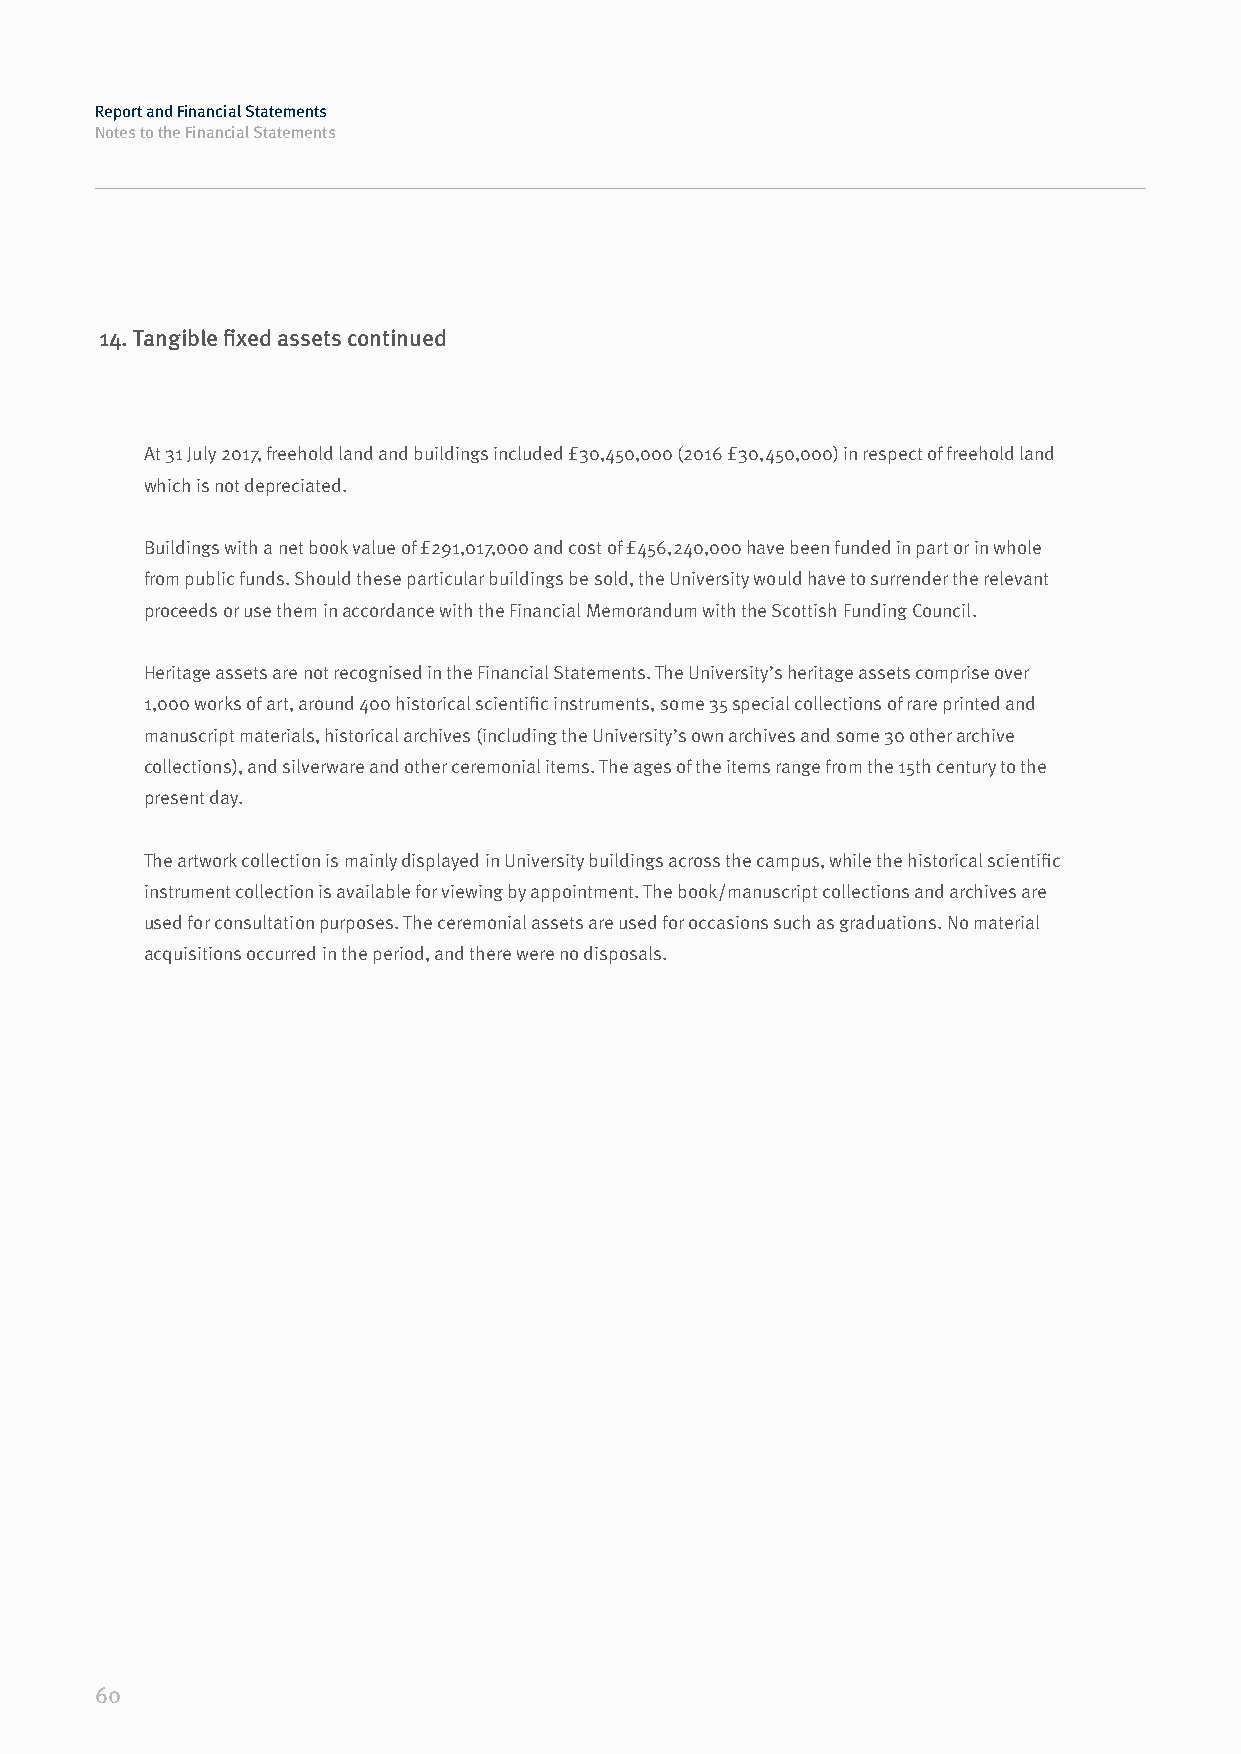
Report and Financial Statements
 Notes to the Financial Statements
 14. Tangible fixed assets continued
 At 31 July 2017, freehold land and buildings included £30,450,000 (2016 £30,450,000) in respect of freehold land
 which is not depreciated.
 Buildings with a net book value of £291,017,000 and cost of £456,240,000 have been funded in part or in whole
 from public funds. Should these particular buildings be sold, the University would have to surrender the relevant
 proceeds or use them in accordance with the Financial Memorandum with the Scottish Funding Council.
 Heritage assets are not recognised in the Financial Statements. The University’s heritage assets comprise over
 1,000 works of art, around 400 historical scientific instruments, some 35 special collections of rare printed and
 manuscript materials, historical archives (including the University’s own archives and some 30 other archive
 collections), and silverware and other ceremonial items. The ages of the items range from the 15th century to the
 present day.
 The artwork collection is mainly displayed in University buildings across the campus, while the historical scientific
 instrument collection is available for viewing by appointment. The book/manuscript collections and archives are
 used for consultation purposes. The ceremonial assets are used for occasions such as graduations. No material
 acquisitions occurred in the period, and there were no disposals.
 60